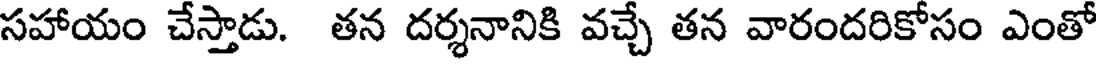
సహాయం చేస్తాడు. తన దర్శనానికి వచ్చే తన వారందరికోసం ఎంతో